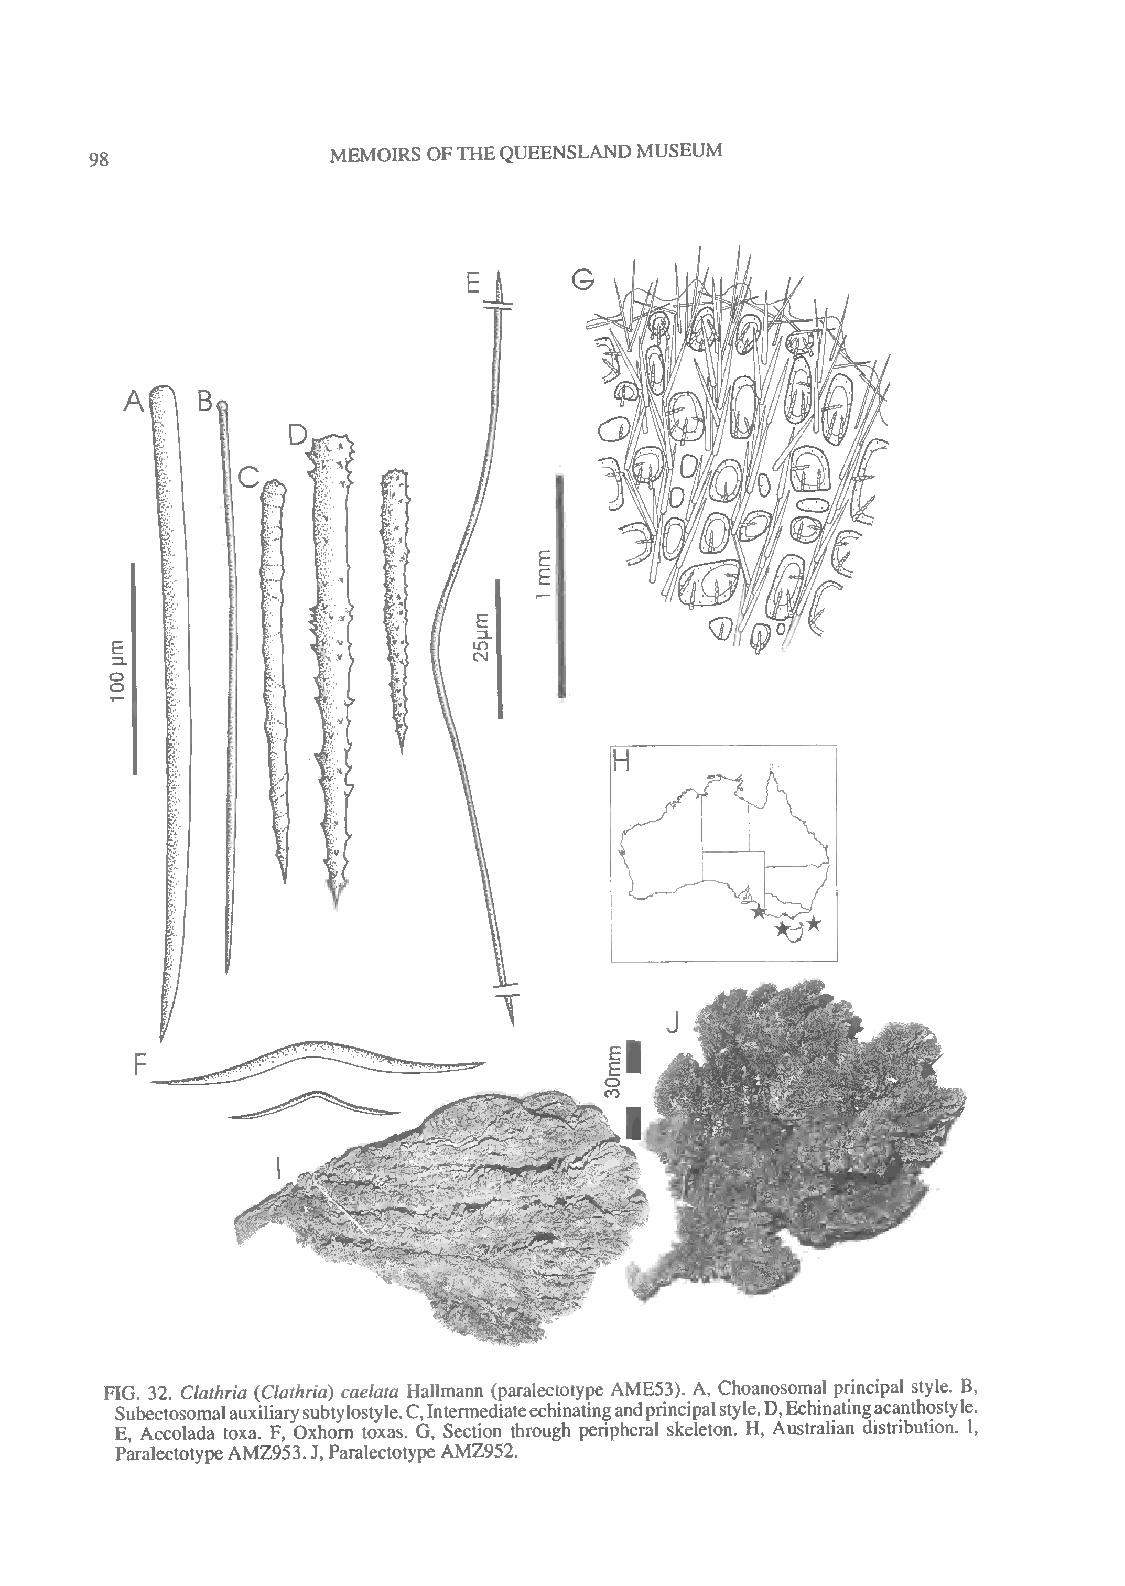
MEMOIRS
 OFTHEQUEENSLANDMUSEUM
 98
 H
 rt
 r
 ~~^k
 '&£rf5&*
 FIG. 32. Clathria (Clathria) caelata Hallmann (paralectotype AME53). A, Choanosomal principal style. B,
 Subectosomalauxiliarysubtylostyle.C,Intermediateechinatingandprincipalstyle.D,Echinatingacanthostyle.
 E, Accolada toxa. F, Oxhorn toxas. G, Section through peripheral skeleton. H, Australian distribution. I,
 ParalectotypeAMZ953.J,ParalectotypeAMZ952.